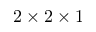
2 \times 2 \times 1